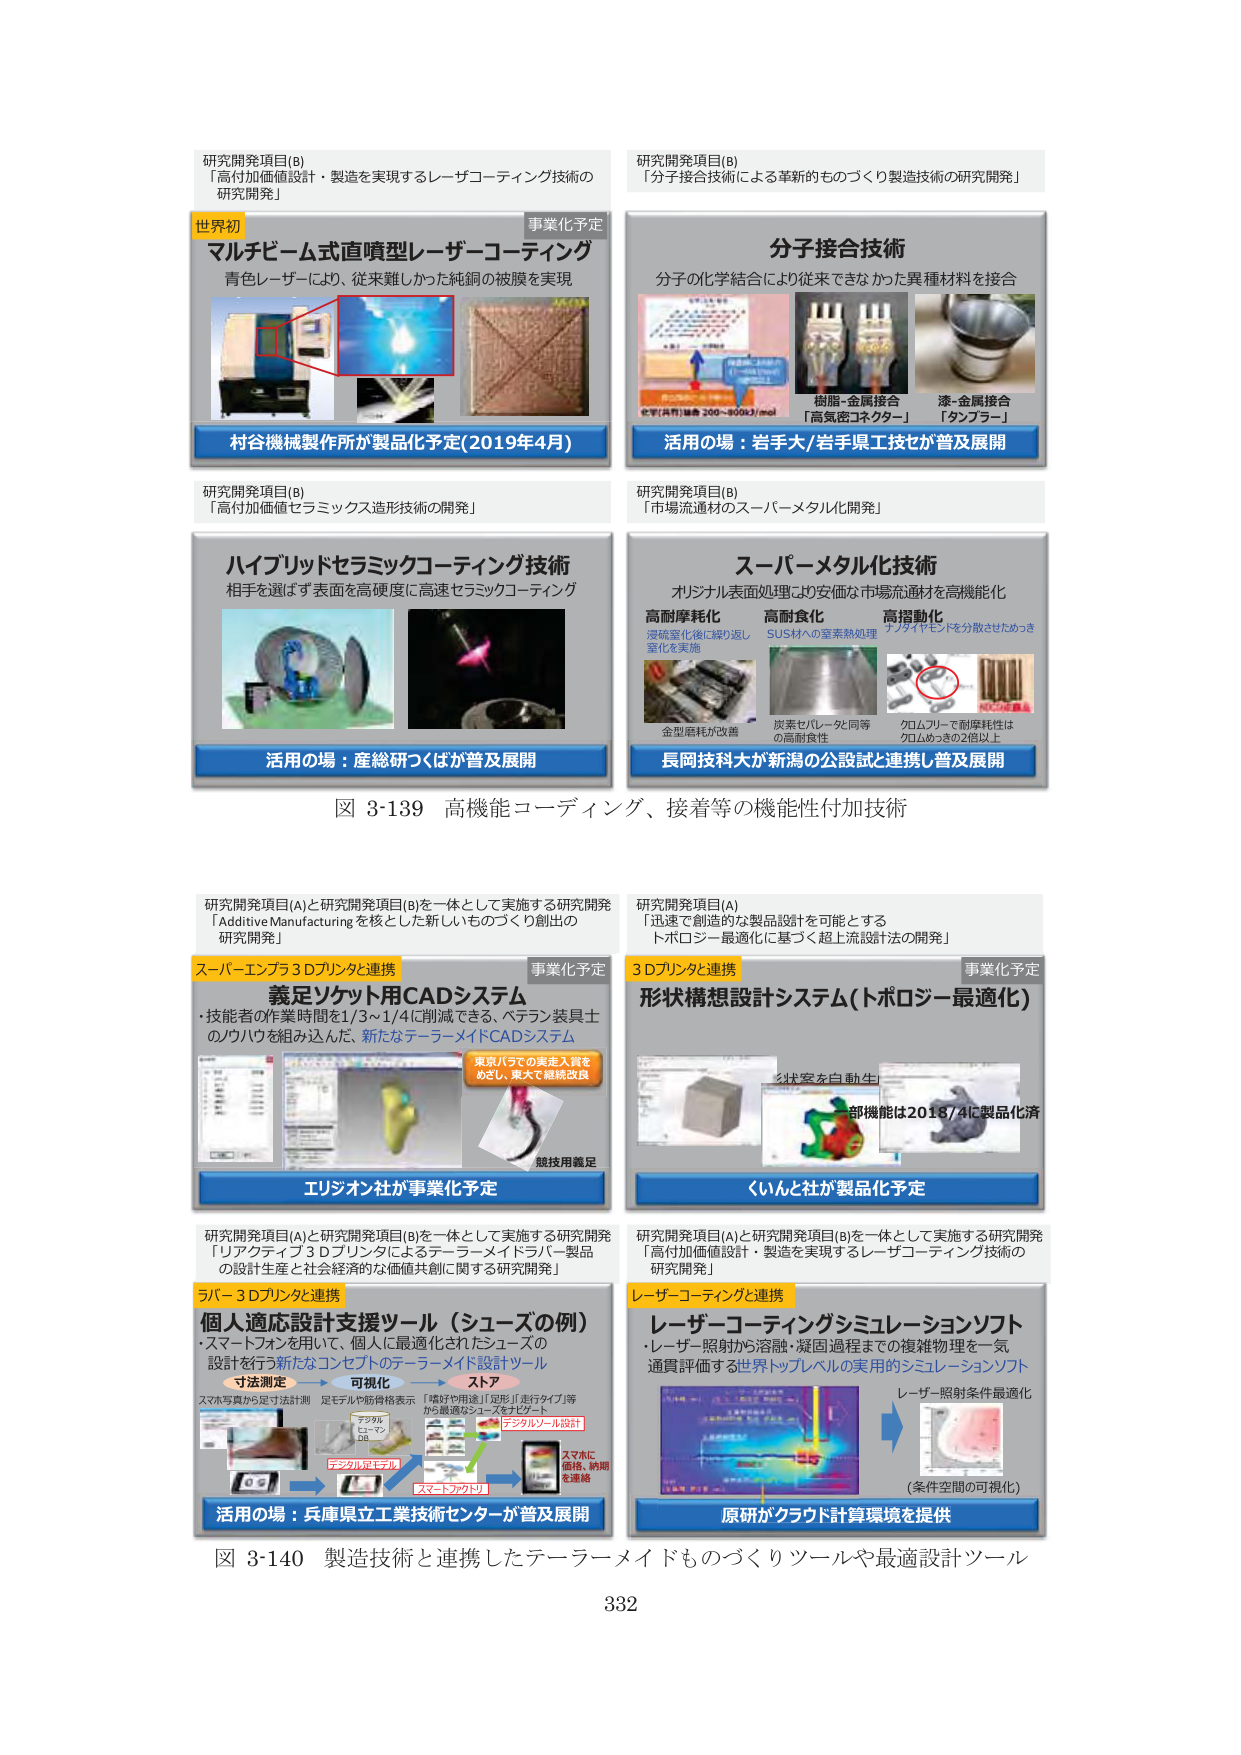
研究開発項目(B)
「高付加価値設計・製造を実現するレーザコーティング技術の研究開発」

世界初
マルチビーム式直噴型レーザーコーティング
青色レーザーにより、従来難しかった純銅の被膜を実現

村谷機械製作所が製品化予定(2019年4月)

研究開発項目(B)
「分子接合技術による革新的ものづくり製造技術の研究開発」

分子接合技術
分子の化学結合により従来できなかった異種材料を接合

樹脂-金属接合
「高気密コネクター」
漆-金属接合
「タンブラー」

活用の場：岩手大/岩手県工技セが普及展開

研究開発項目(B)
「高付加価値セラミックス造形技術の開発」

ハイブリッドセラミックコーティング技術
相手を選ばず表面を高硬度に高速セラミックコーティング

活用の場：産総研つくばが普及展開

研究開発項目(B)
「市場流通材のスーパーメタル化開発」

スーパーメタル化技術
オリジナル表面処理により安価な市場流通材を高機能化

高耐摩耗化
湿硫窒化後に繰り返し窒化を実施
高耐食化
SUS材への窒素熱処理
高摺動化
ナノダイヤモンドを分散させためっき

金型磨耗が改善
炭素セラミック処同等の高耐食性
クロムフリーで耐摩耗性はクロムめっきの2倍以上

長岡技科大が新潟の公設試と連携し普及展開

図 3-139 高機能コーディング、接着等の機能性付加技術

研究開発項目(A)と研究開発項目(B)を一体として実施する研究開発
「Additive Manufacturingを核とした新しいものづくり創出の研究開発」

スーパーエンブラ3Dプリンタと連携
義足ソケット用CADシステム
・技能者の作業時間を1/3～1/4に削減できる、ベテラン装具士のノウハウを組み込んだ、新たなテラーメイドCADシステム

東京パラで実走入賞をめざし、東大で継続改良

競技用義足

エリジオン社が事業化予定

研究開発項目(A)
「迅速で創造的な製品設計を可能とするトポロジー最適化に基づく超上流設計法の開発」

3Dプリンタと連携
形状構想設計システム(トポロジー最適化)

形状を自動生成
部機能は2018/4に製品化済

くいんと社が製品化予定

研究開発項目(A)と研究開発項目(B)を一体として実施する研究開発
「リアクティブ3Dプリンタによるテラーメイドラバー製品の設計生産と社会経済的な価値共創に関する研究開発」

ラバー3Dプリンタと連携
個人適応設計支援ツール（シューズの例）
・スマートフォンを用いて、個人に最適化されたシューズの設計を行う新たなコンセプトのテラーメイド設計ツール

寸法測定 → 可視化 → ストア
スマホ写真から寸法計測 足モデルや筋骨格表示 「嗜好や用途」「足形」「歩行タイプ」等から最適なシューズをナビゲート

デジタル足モデル
デジタルソール設計
スマートフォンに価格、納期を連絡

活用の場：兵庫県立工業技術センターが普及展開

研究開発項目(A)と研究開発項目(B)を一体として実施する研究開発
「高付加価値設計・製造を実現するレーザコーティング技術の研究開発」

レーザコーティングと連携
レーザーコーティングシミュレーションソフト
・レーザー照射から溶融・凝固過程までの複雑物理を一気通貫評価する世界トップレベルの実用的シミュレーションソフト

レーザー照射条件最適化
（条件空間の可視化）

原研がクラウド計算環境を提供

図 3-140 製造技術と連携したテラーメイドものづくりツールや最適設計ツール

332